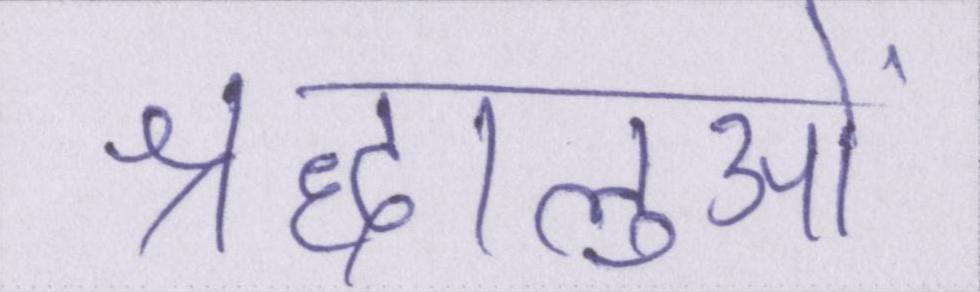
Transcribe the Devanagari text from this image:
श्रद्धालुओं